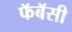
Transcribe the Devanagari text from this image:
फॅबॅसी